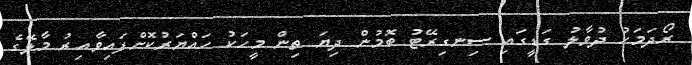
ރޯދަމަހު ދުވާލު ގަޑީގައި ސިނގިރޭޓު ބޮމުން ދިޔަ ތިން މީހަކު ހައްޔަރުކޮށްފައިވާއިރު މާލޭގެ